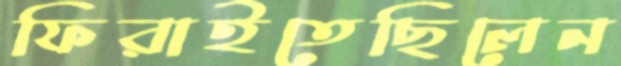
ফিরাইতেছিলেন